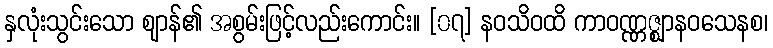
နှလုံးသွင်းသော ဈာန်၏ အစွမ်းဖြင့်လည်းကောင်း။ [၀၇] နဝသိဝထိ ကာဝဏ္ဏဇ္ဈာနဝသေနစ၊